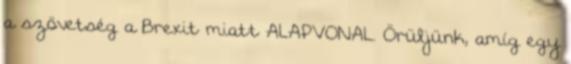
a szövetség a Brexit miatt ALAPVONAL. Örüljünk, amíg egy